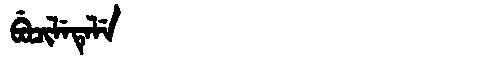
Manchu: ᠪᡠᠴᡳᠯᡝᡨᡝᠯᡝ
Romanization: BUCILETELE